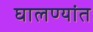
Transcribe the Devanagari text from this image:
घालण्यांत